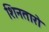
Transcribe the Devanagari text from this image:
शिनतारो